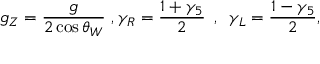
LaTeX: g _ { Z } = { \frac { g } { 2 \cos \theta _ { W } } } \, \, , \gamma _ { R } = { \frac { 1 + \gamma _ { 5 } } { 2 } } \, \, \, , \, \, \, \gamma _ { L } = { \frac { 1 - \gamma _ { 5 } } { 2 } } ,